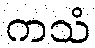
ကသံ